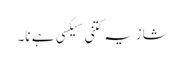
شازیہ کتنی سیکسی ہے نا۔